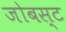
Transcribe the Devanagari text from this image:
जोबस्ट